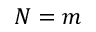
N = m